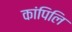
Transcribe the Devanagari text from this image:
कांपिलि